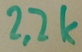
Text: 2,2K